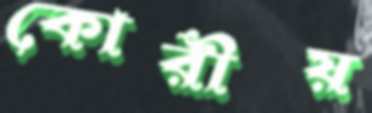
কোরীয়